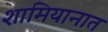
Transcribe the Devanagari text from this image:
शामियानात